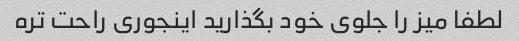
لطفا میز را جلوی خود بگذارید اینجوری راحت تره